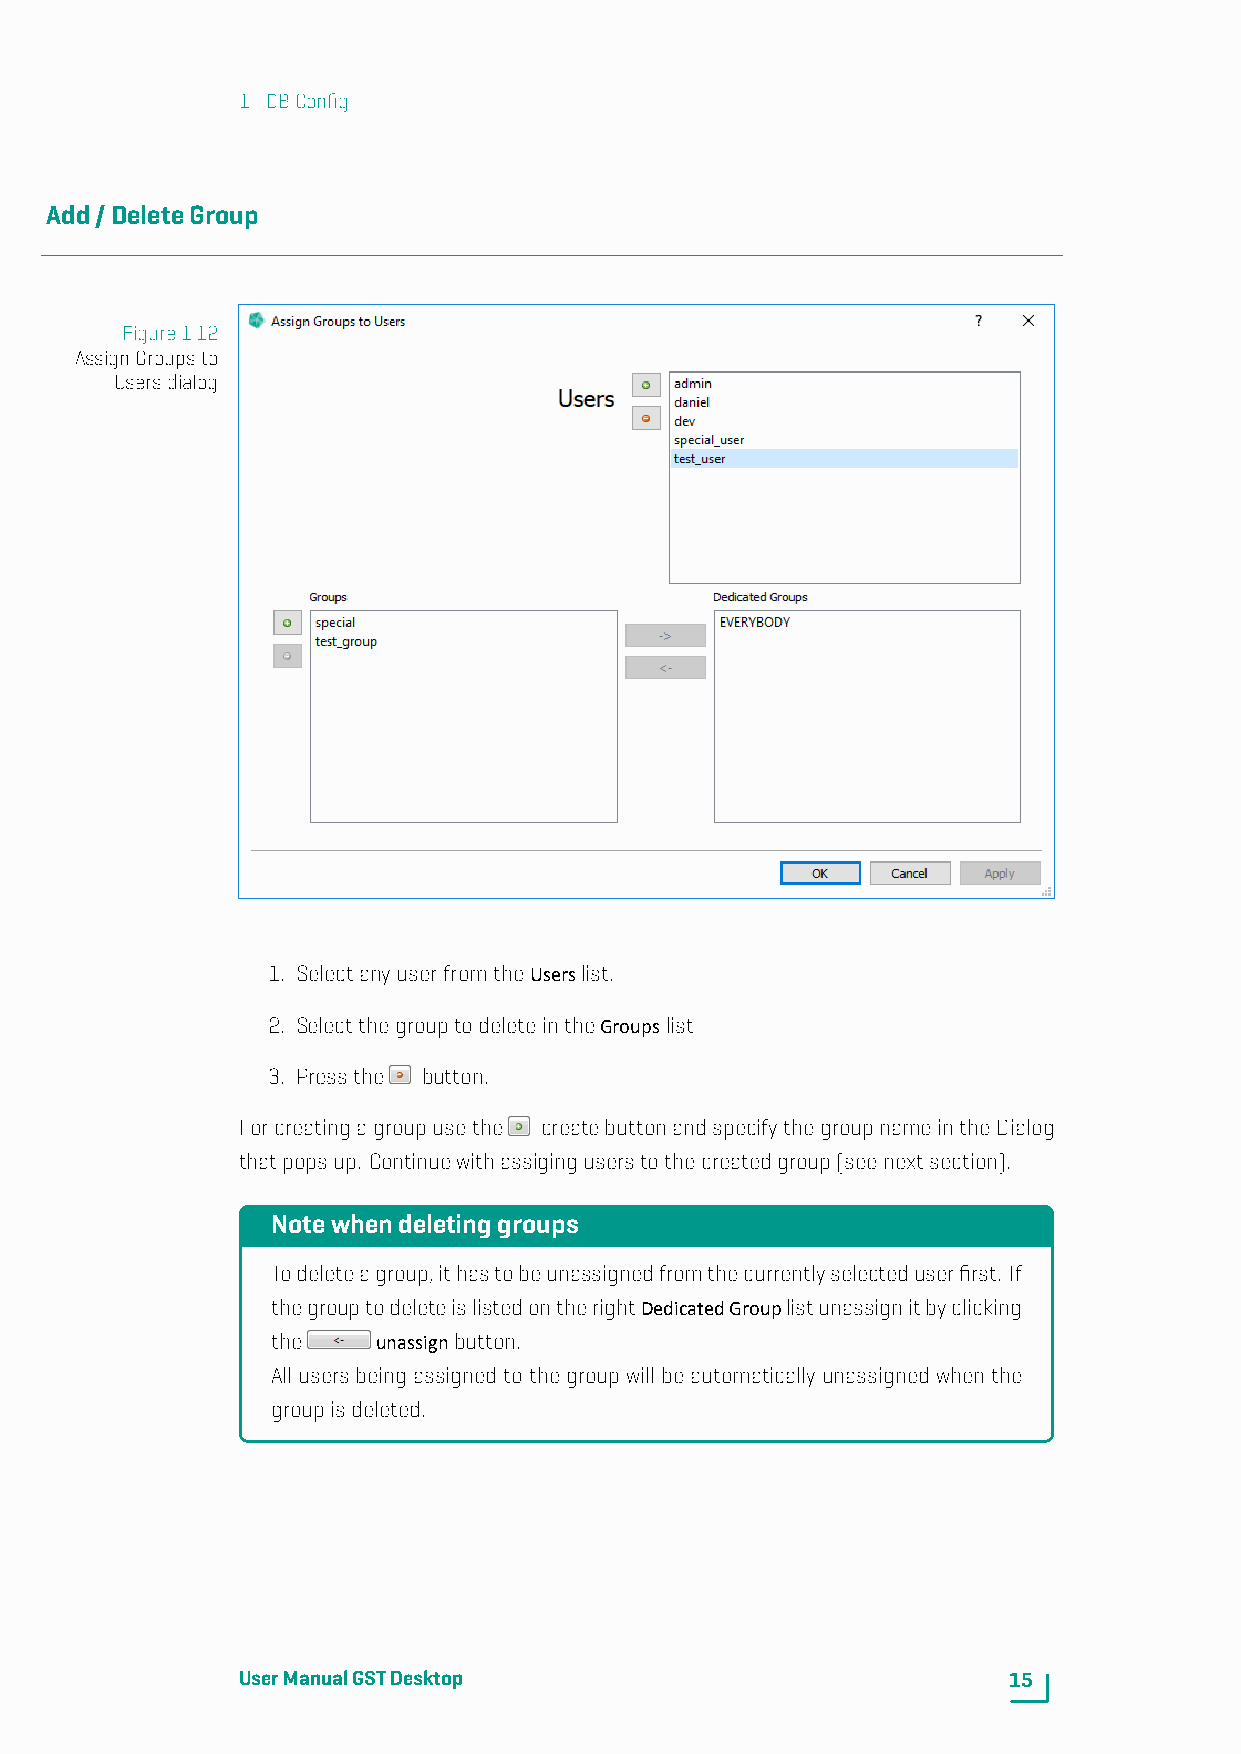
1. DBConfig
 Add/DeleteGroup
 Figure1.12
 AssignGroupsto
 Usersdialog
 1. SelectanyuserfromtheUserslist.
 2. SelectthegrouptodeleteintheGroupslist
 3. Pressthe button.
 Forcreatingagroupusethe createbuttonandspecifythegroupnameintheDialog
 thatpopsup. Continuewithassiginguserstothecreatedgroup(seenextsection).
 Notewhendeletinggroups
 Todeleteagroup,ithastobeunassignedfromthecurrentlyselecteduserfirst. If
 thegrouptodeleteislistedontherightDedicatedGrouplistunassignitbyclicking
 the    unassignbutton.
 All users being assigned to the group will be automatically unassigned when the
 groupisdeleted.
 UserManualGSTDesktop                               15